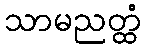
သာမညတ္ထံ